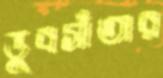
ডুবসাঁতার